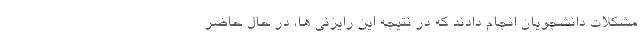
مشکلات دانشجویان انجام دادند که در نتیجه این رایزنی ها، در حال حاضر